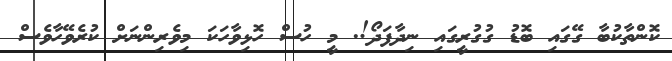
ކޮންތާކުބާ ގޭގައި ބޮޑު ގުގުރީގައި ނިދާފަދޯ!. މީ ހުސް ހޮޅިވާހަކަ މިވެރިންނަށް ކުރެވޭހާވެސް